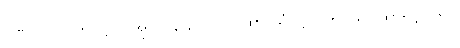
ပဏ် ၁-ပါ-၂၈၊ ဋ္ဌ-ပ-အုပ်-၁၃၄။ ။ သဂါထာ-သံ-ဋ္ဌ-၁၂၅။ သဂါထာ-ဋ္ဌ-၂၆၁။